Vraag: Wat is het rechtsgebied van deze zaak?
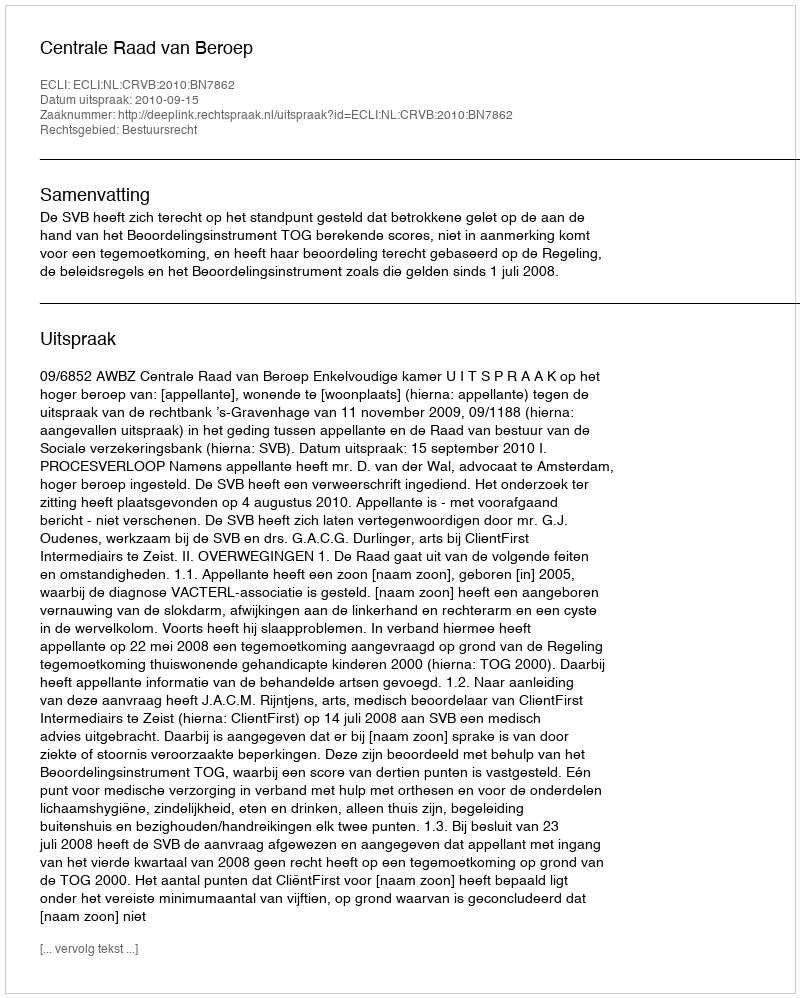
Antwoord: Bestuursrecht